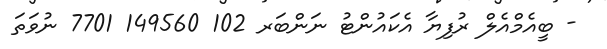
- ބީއެމްއެލް ރުފިޔާ އެކައުންޓު ނަންބަރ 102 149560 7701 ނުވަތަ